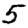
Digit: 5